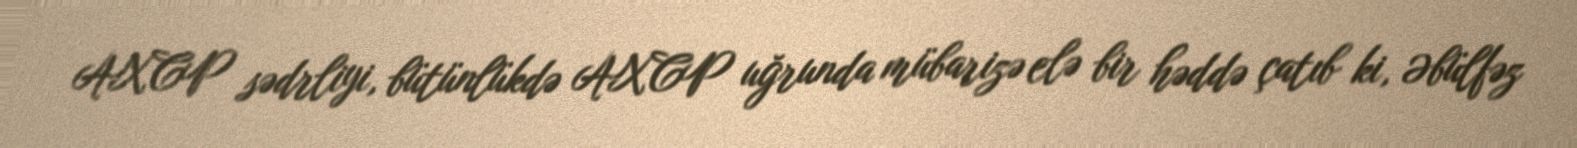
AXCP sədrliyi, bütünlükdə AXCP uğrunda mübarizə elə bir həddə çatıb ki, Əbülfəz